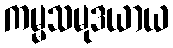
ကမ္မသမုဒယာယ